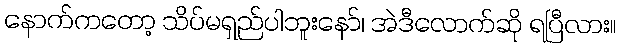
နောက်ကတော့ သိပ်မရှည်ပါဘူးနော်၊ အဲဒီလောက်ဆို ရပြီလား။